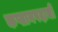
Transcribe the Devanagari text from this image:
कप्तानपदाची